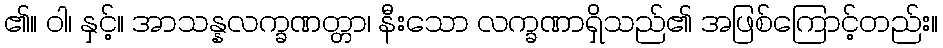
၏။ ဝါ၊ နှင့်။ အာသန္နလက္ခဏတ္တာ၊ နီးသော လက္ခဏာရှိသည်၏ အဖြစ်ကြောင့်တည်း။